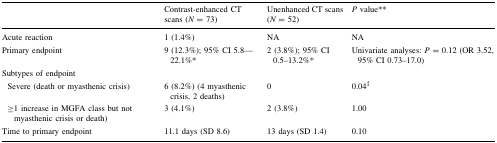
<table><thead><tr><td></td><td><b>Contrast-enhanced CT scans (<i>N</i> = 73)</b></td><td><b>Unenhanced CT scans (<i>N</i> = 52)</b></td><td><b><i>P</i> value**</b></td></tr></thead><tbody><tr><td>Acute reaction</td><td>1 (1.4%)</td><td>NA</td><td>NA</td></tr><tr><td>Primary endpoint</td><td>9 (12.3%); 95% CI 5.8––22.1%*</td><td>2 (3.8%); 95% CI 0.5–13.2%*</td><td>Univariate analyses: <i>P</i> = 0.12 (OR 3.52, 95% CI 0.73–17.0)</td></tr><tr><td colspan="4">Subtypes of endpoint</td></tr><tr><td> Severe (death or myasthenic crisis)</td><td>6 (8.2%) (4 myasthenic crisis, 2 deaths)</td><td>0</td><td>0.04<sup>‡</sup></td></tr><tr><td> ≥1 increase in MGFA class but not myasthenic crisis or death)</td><td>3 (4.1%)</td><td>2 (3.8%)</td><td>1.00</td></tr><tr><td>Time to primary endpoint</td><td>11.1 days (SD 8.6)</td><td>13 days (SD 1.4)</td><td>0.10</td></tr></tbody></table>